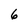
Character: 6